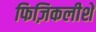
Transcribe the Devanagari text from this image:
फिज़िकलीशे